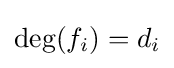
\deg(f_{i})=d_{i}